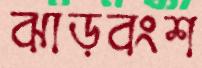
ঝাড়বংশ